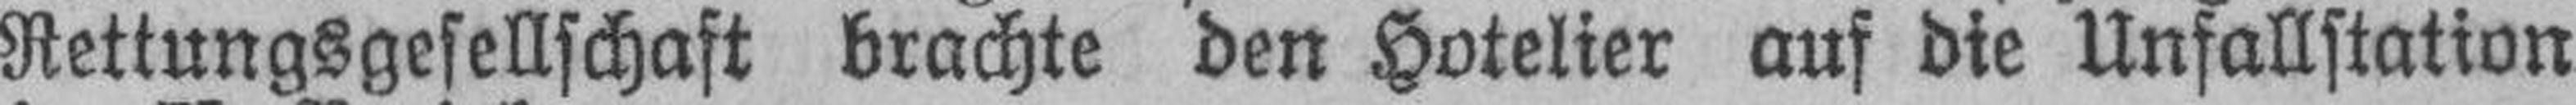
Rettungsgesellschaft brachte den Hotelier auf die Unfallstation